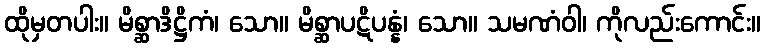
ထိုမှတပါး။ မိစ္ဆာဒိဋ္ဌိကံ၊ သော။ မိစ္ဆာပဋိပန္နံ၊ သော။ သမဏံဝါ၊ ကိုလည်းကောင်း။